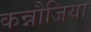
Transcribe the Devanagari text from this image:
कन्नौजिया